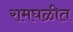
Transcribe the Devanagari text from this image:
रामघळीत